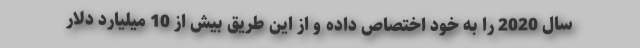
سال 2020 را به خود اختصاص داده و از این طریق بیش از 10 میلیارد دلار